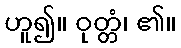
ဟူ၍။ ဝုတ္တံ၊ ၏။